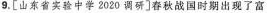
9.[山东省实验中学2020调研]春秋战国时期出现了富